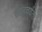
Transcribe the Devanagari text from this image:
साहचर्यता